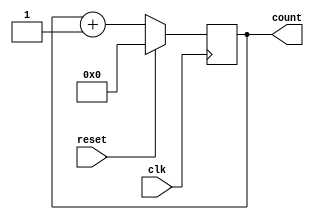
`timescale 1us/100ns
module counter(clk, reset, count);

input clk, reset;
output [31:0]count;
reg [31:0]tmp;

assign count = tmp; 

always @(posedge clk)
  if (!reset)
    tmp = tmp + 1;
  else
    tmp = 0;

endmodule